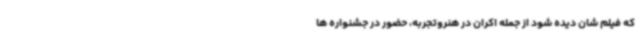
که فیلم شان دیده شود از جمله اکران در هنروتجربه، حضور در جشنواره ها